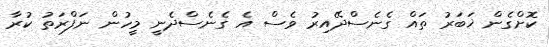
ކޮށްގެން ޚަބަރު ތައް ގެނެސްދޭއިރު ވެސް އެ ގެނެސްދެނީ މީހުން ނަފްރަތު ކުރާ